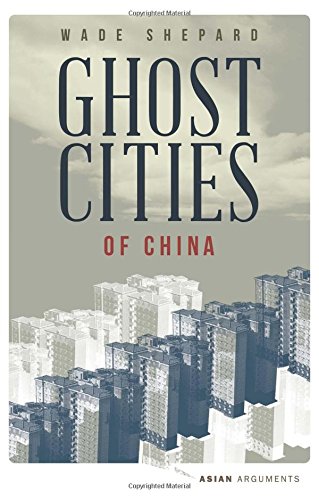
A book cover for Ghost Cities of China: The Story of Cities without People in the World's Most Populated Country (Asian Arguments); Wade Shepard; History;